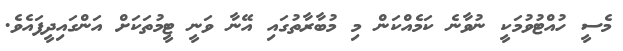
މެސީ ހުއްޓުވުމަކީ ނުވާނެ ކަމެއްކަން މި މުބާރާތުގައި އޭނާ ވަނީ ޓީމުތަކަށް އަންގައިދީފައެވެ.